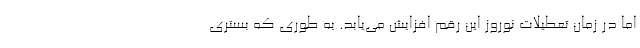
اما در زمان تعطیلات نوروز این رقم افزایش می‌یابد. به طوری که بستری